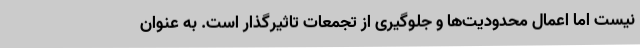
نیست اما اعمال محدودیت‌ها و جلوگیری از تجمعات تاثیرگذار است. به عنوان